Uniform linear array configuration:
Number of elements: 8
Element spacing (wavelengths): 0.25
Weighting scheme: kaiser
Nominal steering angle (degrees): -45
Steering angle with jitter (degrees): -43.694
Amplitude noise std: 0.05
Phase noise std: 0.05

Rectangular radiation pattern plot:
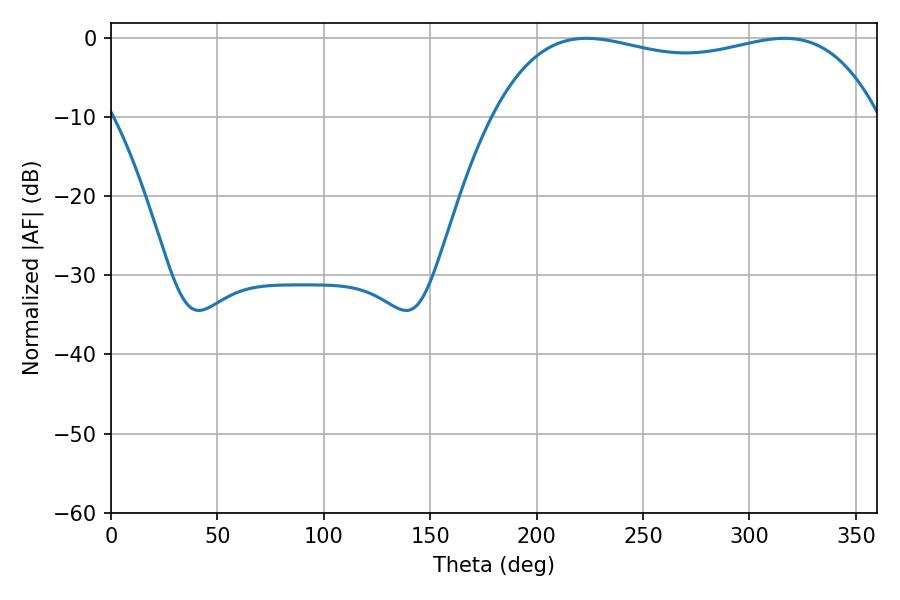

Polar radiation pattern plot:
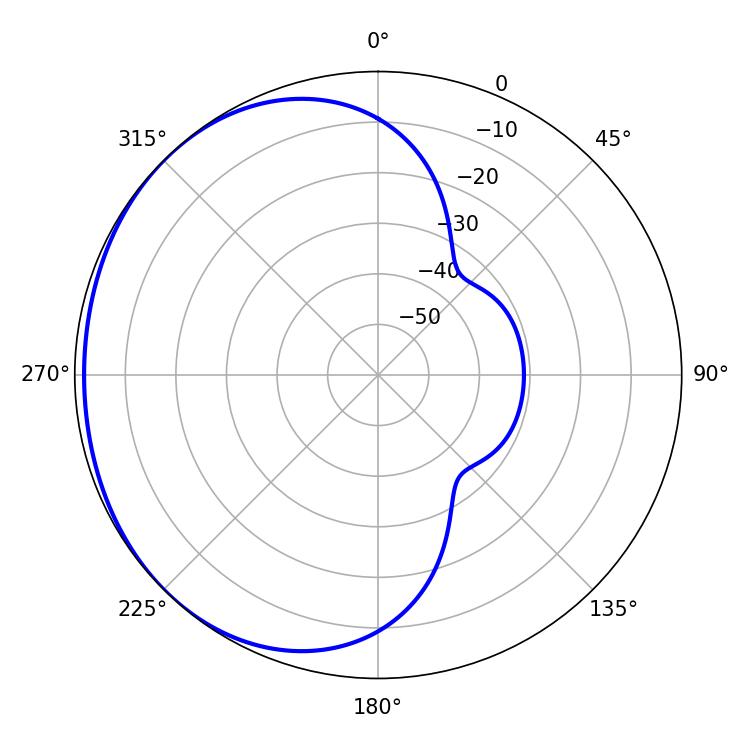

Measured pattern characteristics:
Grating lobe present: FALSE
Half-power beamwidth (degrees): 146.16
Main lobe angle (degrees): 223.38